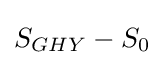
S_{GHY}-S_{0}